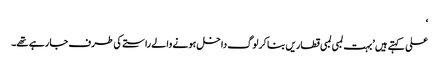
‘
علی کہتے ہیں ’بہت لمبی لمبی قطاریں بنا کر لوگ داخل ہونے والے راستے کی طرف جا رہے تھے۔